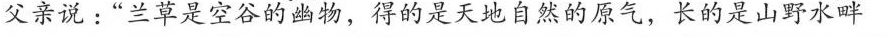
父亲说:"兰草是空谷的幽物，得的是天地自然的原气，长的是山可水畔